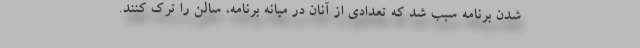
شدن برنامه سبب شد که تعدادی از آنان در میانه برنامه، سالن را ترک کنند.